Annual administration report of the Civil Veterinary Department, Ajmere-Merwara, British Rajputana - 1914-1940
Year: 1914
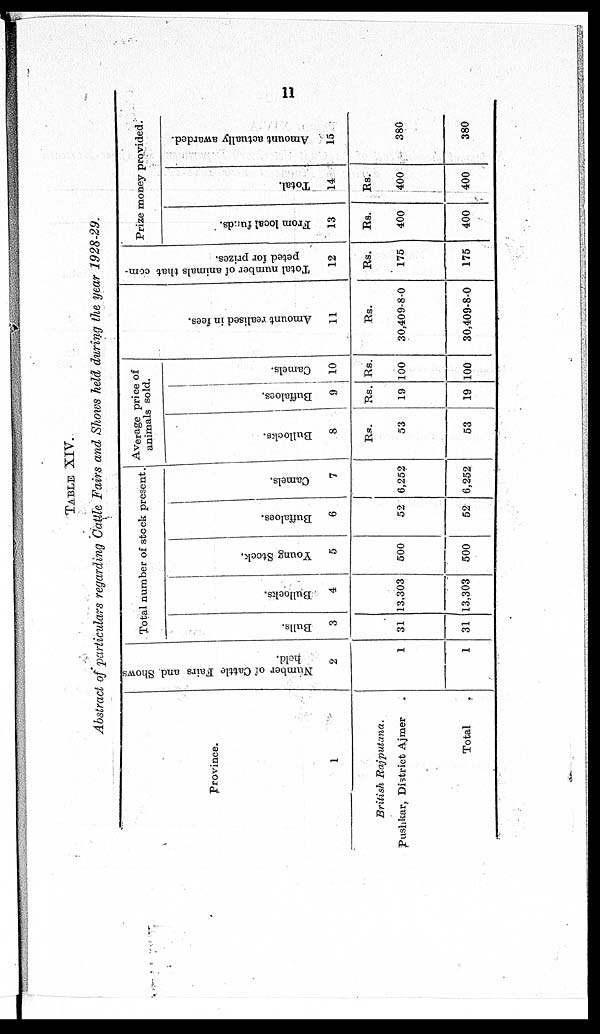
11
TABLE XIV.
Abstract of particulars regarding Cattle Fairs and, Shows held during the year 1928-29.
Province.
1
British
Rajputana.
Pushkar, District Ajmer
Total
Number of Cattle Fairs and Shows
2
1
1
Total number of stock present.
Bulls.
3
31
31
Bullocks.
4
13,303
13,303
Young Stock.
5
500
500
Buffaloes.
6
52
52
Camels.
6,252
6,252
Average price of
animals sold.
Bullocks.
3
Rs.
53
53
Buffaloes.
9
Rs.
19
19
Camels.
10
Rs.
100
100
Amount realised in fees.
11
Rs.
30,409-8-0
30,409-8-0
Total number of animals that com-
peted for prizes.
12
Rs.
175
175
Prize money provided.
From local funds.
13
Rs.
400
400
Total.
14
Rs.
400
400
Amount actually awarded.
15
380
380